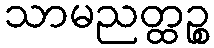
သာမညတ္ထဉ္စ